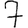
Digit: 7